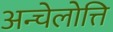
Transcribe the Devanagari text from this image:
अन्चेलोत्ति